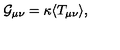
{ \cal G } _ { \mu \nu } = \kappa \langle T _ { \mu \nu } \rangle ,